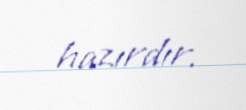
hazırdır.